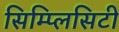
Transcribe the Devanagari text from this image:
सिम्प्लिसिटी